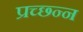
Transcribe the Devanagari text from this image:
प्रच्छ्न्न